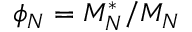
\phi _ { N } = M _ { N } ^ { * } / M _ { N }